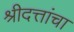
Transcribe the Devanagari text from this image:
श्रीदत्तांचा